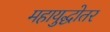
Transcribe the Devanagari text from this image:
महायुद्धोतर